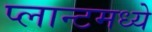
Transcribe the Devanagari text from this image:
प्लान्टमध्ये